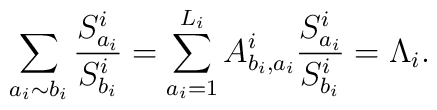
\sum_{a_i \sim b_i} \frac{S_{a_i}^i}{S_{b_i}^i} = \sum_{a_i=1}^{L_i}A_{b_i,a_i}^i\frac{S_{a_i}^i}{S_{b_i}^i}=\Lambda_i.